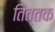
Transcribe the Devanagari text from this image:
तित्तक